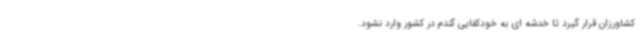
کشاورزان قرار گیرد تا خدشه ای به خودکفایی گندم در کشور وارد نشود.